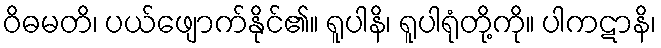
ဝိဓမတိ၊ ပယ်ဖျောက်နိုင်၏။ ရူပါနိ၊ ရူပါရုံတို့ကို။ ပါကဋာနိ၊